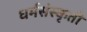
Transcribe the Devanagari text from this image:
धर्मसंस्कृती